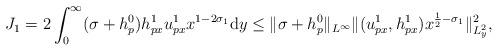
LaTeX: \begin{align*} J_1=2\int_0^\infty (\sigma+h_p^0)h_{px}^1u_{px}^1x^{1-2\sigma_1}{\rm d}y \leq \Vert\sigma+h_p^0\Vert_{L^\infty}\Vert (u_{px}^1,h_{px}^1)x^{\frac{1}{2}-\sigma_1}\Vert_{L_y^2}^2,\end{align*}